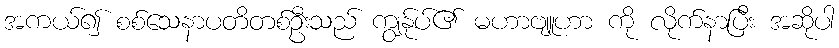
အကယ်၍ စစ်သေနာပတိတစ်ဦးသည် ကျွန်ုပ်၏ မဟာဗျူဟာ ကို လိုက်နာပြီး အဆိုပါ